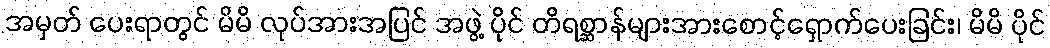
အမှတ် ပေးရာတွင် မိမိ လုပ်အားအပြင် အဖွဲ့ ပိုင် တိရစ္ဆာန်များအားစောင့်ရှောက်ပေးခြင်း၊ မိမိ ပိုင်